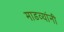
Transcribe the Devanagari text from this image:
माडव्यांनी